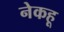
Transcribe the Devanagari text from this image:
नेकहू